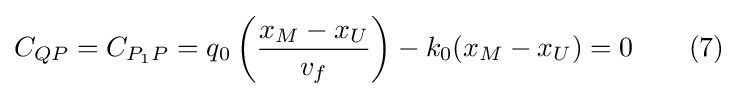
C_{QP}=C_{P_{1}P}=q_{0}\left({\frac {x_{M}-x_{U}}{v_{f}}}\right)-k_{0}(x_{M}-x_{U})=0\qquad (7)